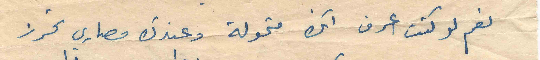
نعم لو كنت اعرف انك متمولة وعندك مصاري تحرز